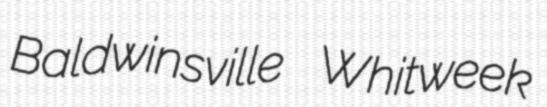
Baldwinsville Whitweek